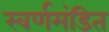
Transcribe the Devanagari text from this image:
स्वर्णमंडित